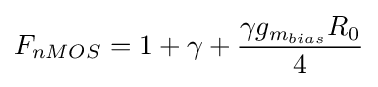
F_{nMOS}=1+\gamma +{\frac {\gamma g_{m_{bias}}R_{0}}{4}}